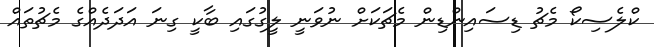
ކްލެސިކޯ މެޗު ޑިސައިންޑިން މެޗަކަށް ނުވަނީ ލީގުގައި ބާކީ ގިނަ އަދަދެއްގެ މެޗުތައް